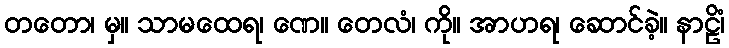
တတော၊ မှ။ သာမထေရ၊ ဏေ။ တေလံ၊ ကို။ အာဟရ၊ ဆောင်ခဲ့။ နာဠိံ၊